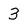
Character: 3